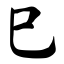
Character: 巳